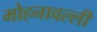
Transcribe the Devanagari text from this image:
मोहनावल्ली